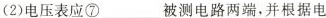
(2)电压表应⑦___被测电路两端，并根据电